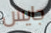
جايس